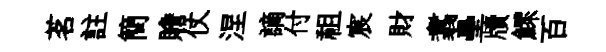
茗註簡贍仗涅謫付祖宸財翥壘牘鰥百